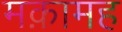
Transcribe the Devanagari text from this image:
मक़ामह